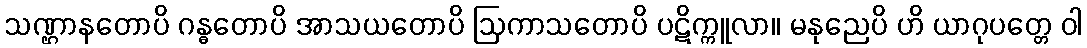
သဏ္ဌာနတောပိ ဂန္ဓတောပိ အာသယတောပိ ဩကာသတောပိ ပဋိက္ကူလာ။ မနုညေပိ ဟိ ယာဂုပတ္တေ ဝါ